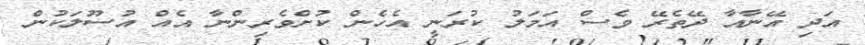
އަދި އޭނާއާ ދޭތެރޭ ވެސް އަމަލު ކުރަނީ އެހެން ކުށްވެރިންނާ އެއް އުސޫލަކުން